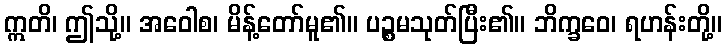
ဣတိ၊ ဤသို့။ အဝေါစ၊ မိန့်တော်မူ၏။ ပဉ္စမသုတ်ပြီး၏။ ဘိက္ခဝေ၊ ရဟန်းတို့။